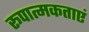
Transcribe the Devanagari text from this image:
रूपात्मकताएं